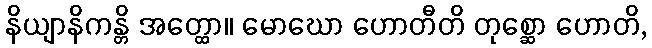
နိယျာနိကန္တိ အတ္ထော။ မောဃော ဟောတီတိ တုစ္ဆော ဟောတိ,